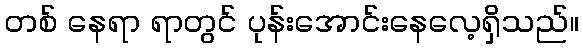
တစ် နေရာ ရာတွင် ပုန်းအောင်းနေလေ့ရှိသည်။